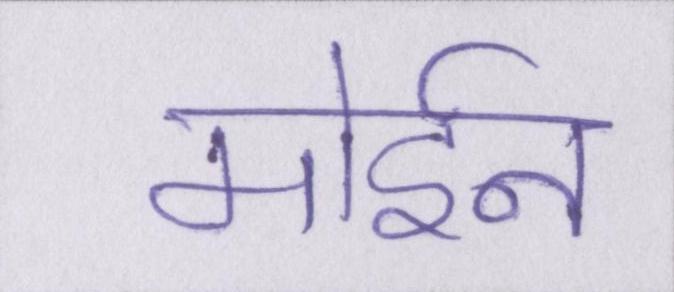
मोईन